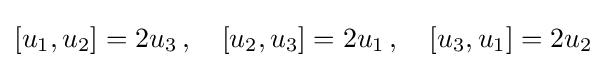
[u_{1},u_{2}]=2u_{3}\,,\quad [u_{2},u_{3}]=2u_{1}\,,\quad [u_{3},u_{1}]=2u_{2}~